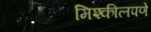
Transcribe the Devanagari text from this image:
मिश्कीलपणे